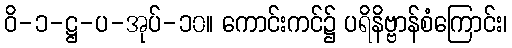
ဝိ-၁-ဋ္ဌ-ပ-အုပ်-၁၀။ ကောင်းကင်၌ ပရိနိဗ္ဗာန်စံကြောင်း၊